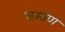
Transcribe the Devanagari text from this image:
भ्रमाण